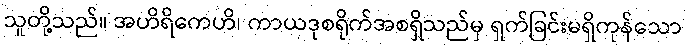
သူတို့သည်။ အဟိရိကေဟိ၊ ကာယဒုစရိုက်အစရှိသည်မှ ရှက်ခြင်းမရှိကုန်သော